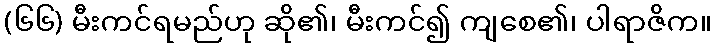
(၆၆) မီးကင်ရမည်ဟု ဆို၏၊ မီးကင်၍ ကျစေ၏၊ ပါရာဇိက။